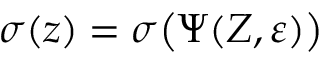
\sigma ( \boldsymbol z ) = \sigma \big ( \boldsymbol { \Psi } ( \boldsymbol { Z } , \varepsilon ) \big )